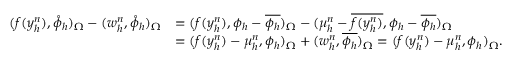
\begin{array} { r l } { ( f ( y _ { h } ^ { n } ) , \mathring { \phi } _ { h } ) _ { \Omega } - ( w _ { h } ^ { n } , \mathring { \phi } _ { h } ) _ { \Omega } } & { = ( f ( y _ { h } ^ { n } ) , \phi _ { h } - \overline { { \phi _ { h } } } ) _ { \Omega } - ( \mu _ { h } ^ { n } - \overline { { f ( y _ { h } ^ { n } ) } } , \phi _ { h } - \overline { { \phi _ { h } } } ) _ { \Omega } } \\ & { = ( f ( y _ { h } ^ { n } ) - \mu _ { h } ^ { n } , \phi _ { h } ) _ { \Omega } + ( w _ { h } ^ { n } , \overline { { \phi _ { h } } } ) _ { \Omega } = ( f ( y _ { h } ^ { n } ) - \mu _ { h } ^ { n } , \phi _ { h } ) _ { \Omega } . } \end{array}